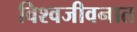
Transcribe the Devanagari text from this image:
विश्वजीवनात